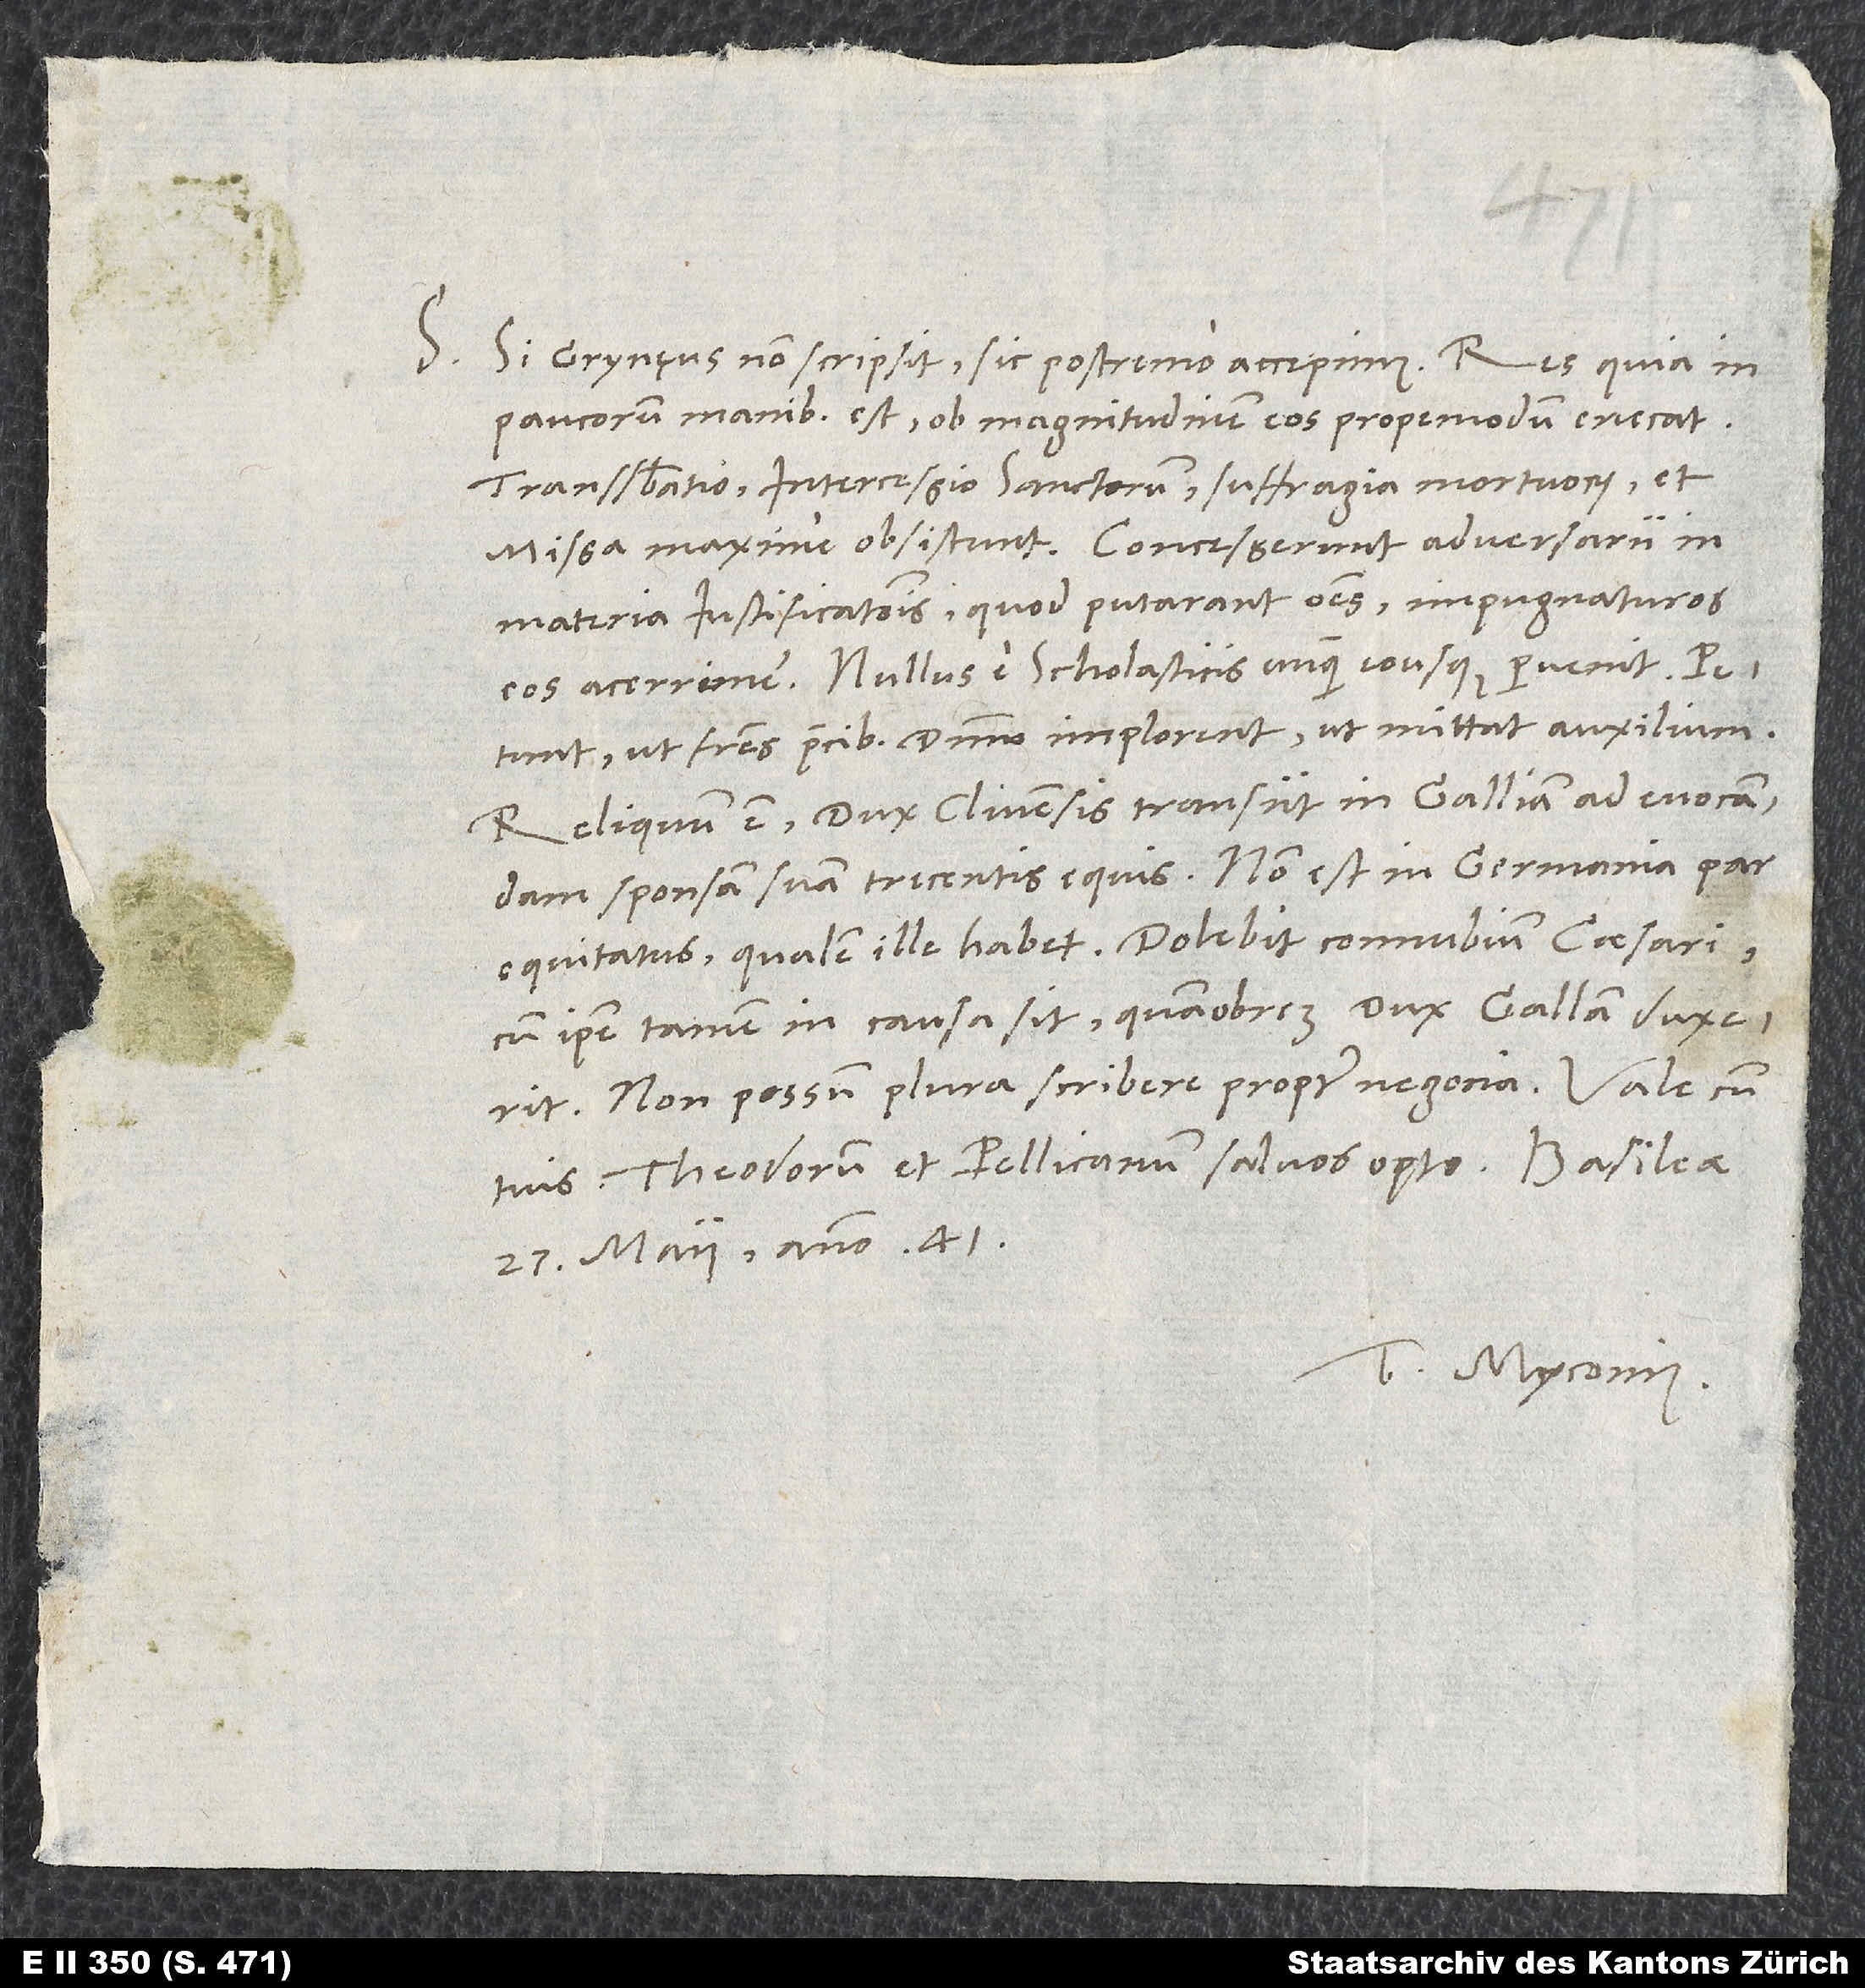
S. Si Grynęus non scripsit, sic postremo accepimus: Res, quia in
paucorum manibus est, ob magnitudinem eos propemodum enecat.
Transsubstantiatio, intercessio sanctorum, suffragia mortuorum et
materia iustificationis, quod putarant omnes impugnaturos
eos acerrime. Nullus e scholasticis unquam eousque pervenit.
Petunt, ut fratres precibus dominum implorent, ut mittat auxilium.
Reliquum est: Dux Clivensis transiit in Galliam ad evocandam
sponsam suam trecentis equis. Non est in Germania par
equitatus, qualem ille habet. Dolebit connubium caesari,
cum ipse tamen in causa sit, quamobrem dux Gallam duxerit.
Non possum plura scribere propter negocia.
tuis. Theodorum et Pellicanum salvos opto. Basileae,
27. maii anno 1541.
Tuus Myconius.